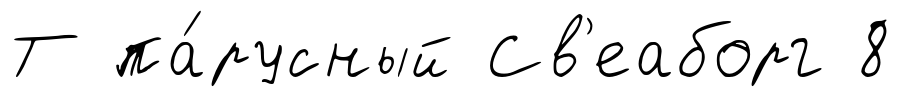
Т па́русный Св'еаборг 8